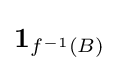
\mathbf {1} _{f^{-1}(B)}